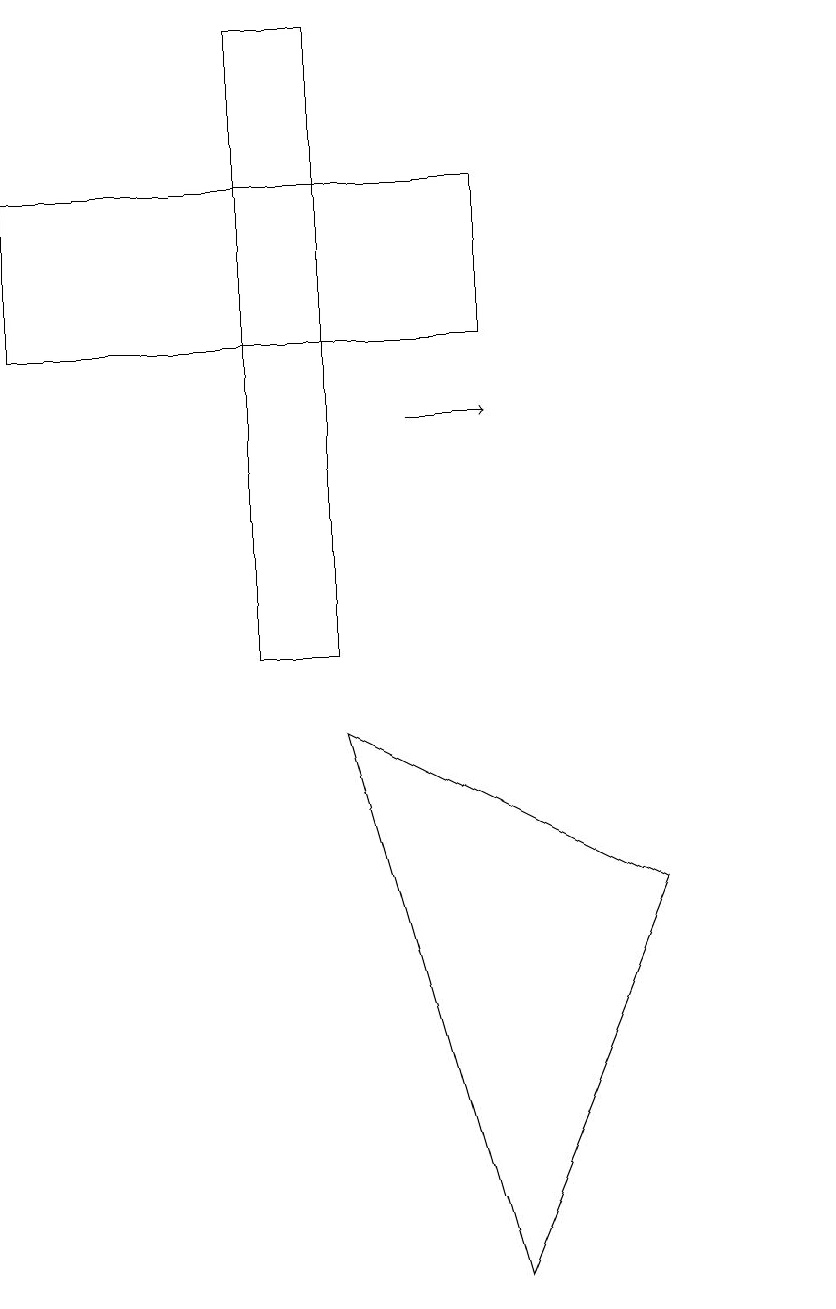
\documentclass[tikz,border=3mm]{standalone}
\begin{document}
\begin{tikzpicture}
\draw (11,11) circle (0);
\draw (5,18) rectangle (4,10);
\draw (9,7) -- (7,2) -- (5,9) -- cycle;
\draw[->] (6,13) -- (7,13);
\draw (7,16) rectangle (1,14);
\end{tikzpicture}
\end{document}